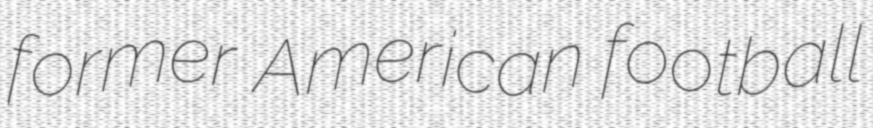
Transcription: former American football